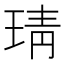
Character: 𤦭